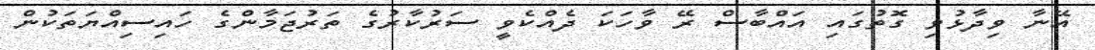
އޭނާ ވިދާޅުވި ގޮތުގައި އައްބާސް ރޭ ވާހަކަ ދެއްކެވީ ސަރުކާރުގެ ތަރުޖަމާންގެ ހައިސިއްޔަތަކުން